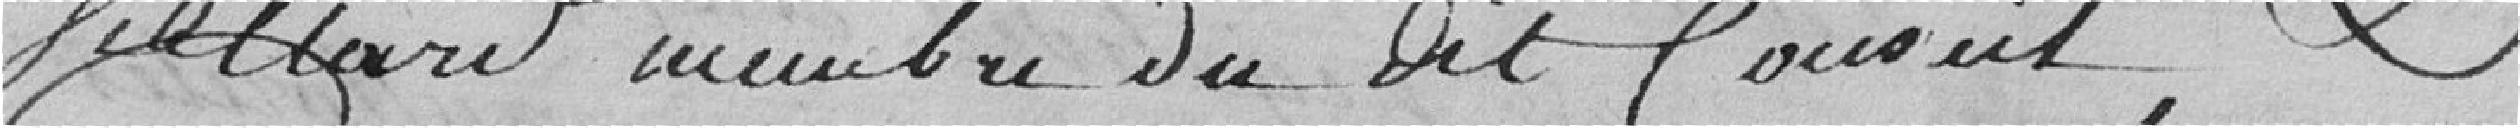
Veillard membre du dit conseil,